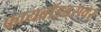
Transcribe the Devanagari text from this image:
फायब्रॉइड्‌सवर